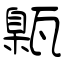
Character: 甈